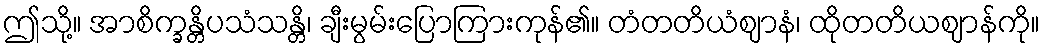
ဤသို့။ အာစိက္ခန္တိပသံသန္တိ၊ ချီးမွမ်းပြောကြားကုန်၏။ တံတတိယံဈာနံ၊ ထိုတတိယဈာန်ကို။